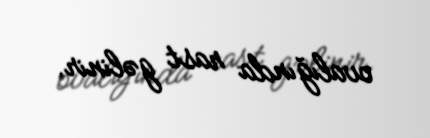
ovalığında rast gəlinir.